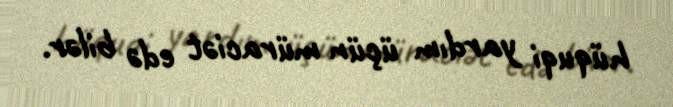
hüquqi yardım üçün müraciət edə bilər.